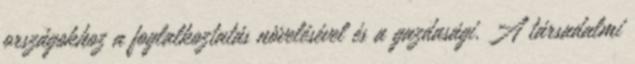
országokhoz a foglalkoztatás növelésével és a gazdasági. A társadalmi